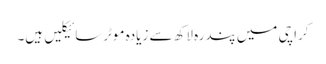
کراچی میں پندرہ لاکھ سے زیادہ موٹرسائیکلیں ہیں۔